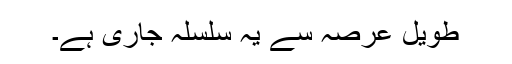
طویل عرصہ سے یہ سلسلہ جاری ہے۔